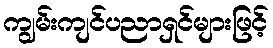
ကျွမ်းကျင်ပညာရှင်များဖြင့်